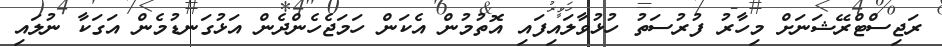
ރަޖިސްޓްރޭޝަނަށް މިހާރު ފުރުސަތު ހުޅުވާލައިފައި އޮތުމުން އެކަން ހަމަޖެހެންދެން އަޅުގަނޑުމެން އަގަކާ ނުލައި